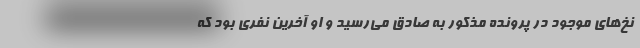
نخ‌های موجود در پرونده مذکور به صادق می‌رسید و او آخرین نفری بود که